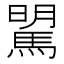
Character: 𩣶